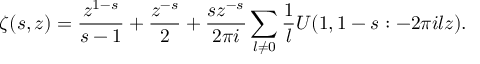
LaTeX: \zeta ( s , z ) = \frac { z ^ { 1 - s } } { s - 1 } + \frac { z ^ { - s } } { 2 } + \frac { s z ^ { - s } } { 2 \pi i } \sum _ { l \ne 0 } \frac 1 l U ( 1 , 1 - s : - 2 \pi i l z ) .